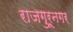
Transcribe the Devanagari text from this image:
राजगुरूनगर